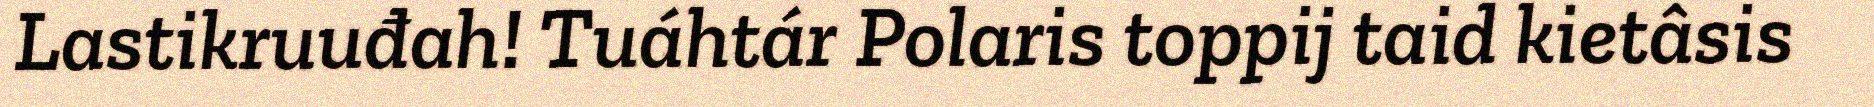
Lastikruuđah! Tuáhtár Polaris toppij taid kietâsis